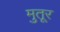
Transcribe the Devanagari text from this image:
मुतूर